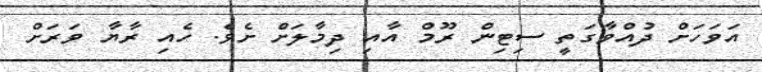
އަވަހަށް ދުއްވާގަތީ ސިޓިން ރޫމް އާއި ދިމާލަށް ށެވެ. ހެއި ރާޔާ ވަރަށް